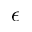
\epsilon